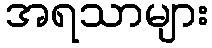
အရသာများ